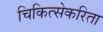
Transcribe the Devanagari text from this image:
चिकित्सेकरिता